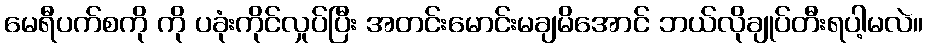
မေရီပက်စကို ကို ပခုံးကိုင်လှုပ်ပြီး အတင်းမောင်းမချမိအောင် ဘယ်လိုချုပ်တီးရပါ့မလဲ။